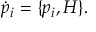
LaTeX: { \dot { p } } _ { i } = \{ p _ { i } , H \} .